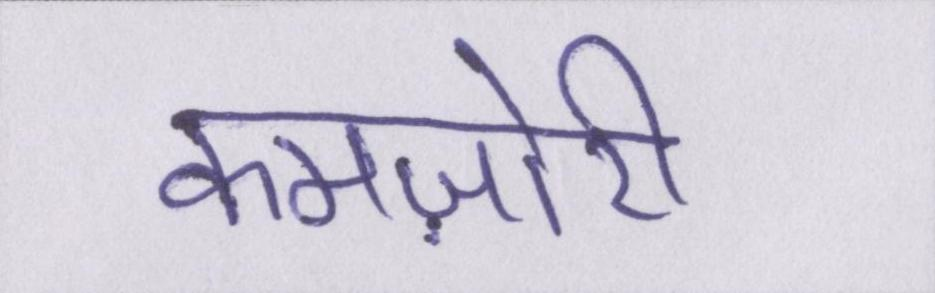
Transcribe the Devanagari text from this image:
कमज़ोरी